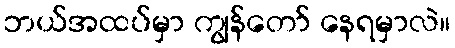
ဘယ်အထပ်မှာ ကျွန်တော် နေရမှာလဲ။